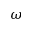
\omega